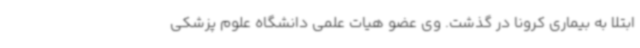
ابتلا به بیماری کرونا در گذشت. وی عضو هیات علمی دانشگاه علوم پزشکی